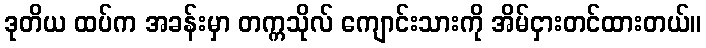
ဒုတိယ ထပ်က အခန်းမှာ တက္ကသိုလ် ကျောင်းသားကို အိမ်ငှားတင်ထားတယ်။